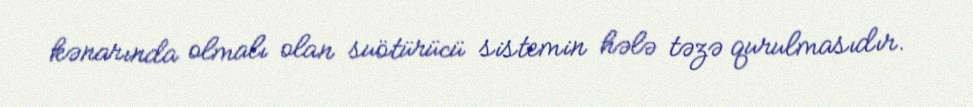
kənarında olmalı olan suötürücü sistemin hələ təzə qurulmasıdır.